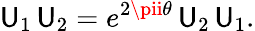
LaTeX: {\cal\mathsf{U}}_{1}\, {\cal\mathsf{U}}_{2}=e^{2\pii\theta}\, {\cal\mathsf{U}}_{2}\, {\cal\mathsf{U}}_{1}.